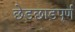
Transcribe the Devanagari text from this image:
छेड़छाड़पूर्ण